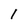
Character: 1